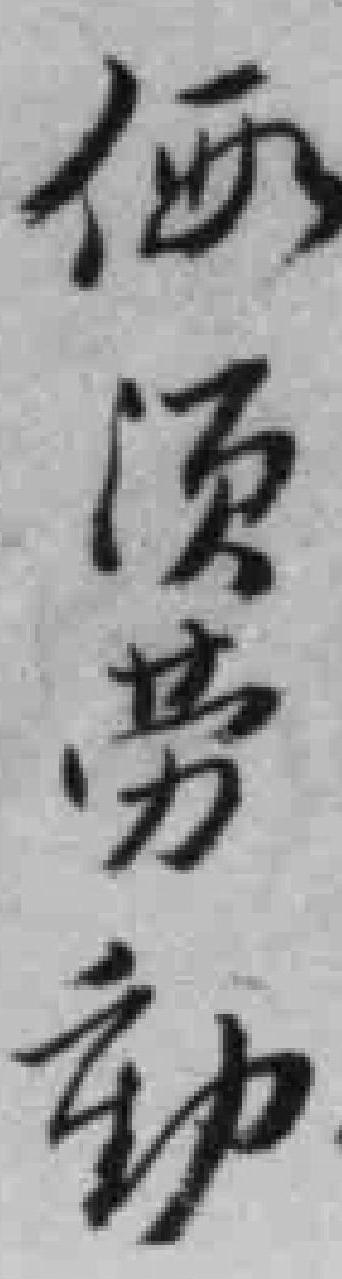
価须劳動